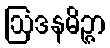
ဩဒနမိဉ္ဇာ